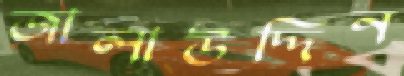
জালাউদ্দিন